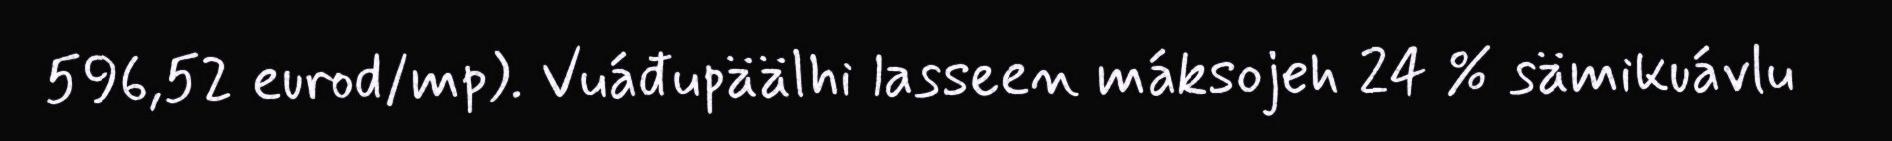
596,52 eurod/mp). Vuáđupäälhi lasseen máksojeh 24 % sämikuávlu